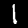
Label: 1